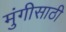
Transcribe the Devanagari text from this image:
मुंगीसाठी